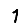
Digit: 1